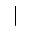
|